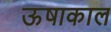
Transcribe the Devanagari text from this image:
ऊषाकाल